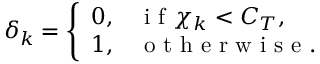
\delta _ { k } = \left\{ \begin{array} { l l } { 0 , } & { \mathrm { ~ i ~ f ~ } \chi _ { k } < C _ { T } , } \\ { 1 , } & { \mathrm { ~ o ~ t ~ h ~ e ~ r ~ w ~ i ~ s ~ e ~ . ~ } } \end{array} \right.